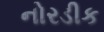
નોરડીક